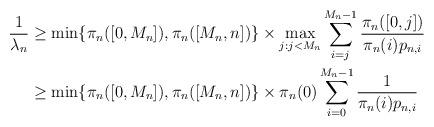
LaTeX: \begin{align*} \frac{1}{\lambda_n}&\ge\min\{\pi_n([0,M_n]),\pi_n([M_n,n])\}\times \max_{j:j<M_n}\sum_{i=j}^{M_n-1} \frac{\pi_n([0,j])}{\pi_n(i)p_{n,i}}\\ &\ge\min\{\pi_n([0,M_n]),\pi_n([M_n,n])\}\times\pi_n(0)\sum_{i=0}^{M_n-1} \frac{1}{\pi_n(i)p_{n,i}}\end{align*}